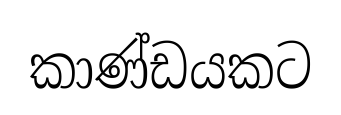
කාණ්ඩයකට